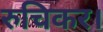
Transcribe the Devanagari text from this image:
रुचिकर।